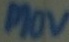
Text: MOV